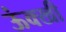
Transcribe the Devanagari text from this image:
ऊंक्खी